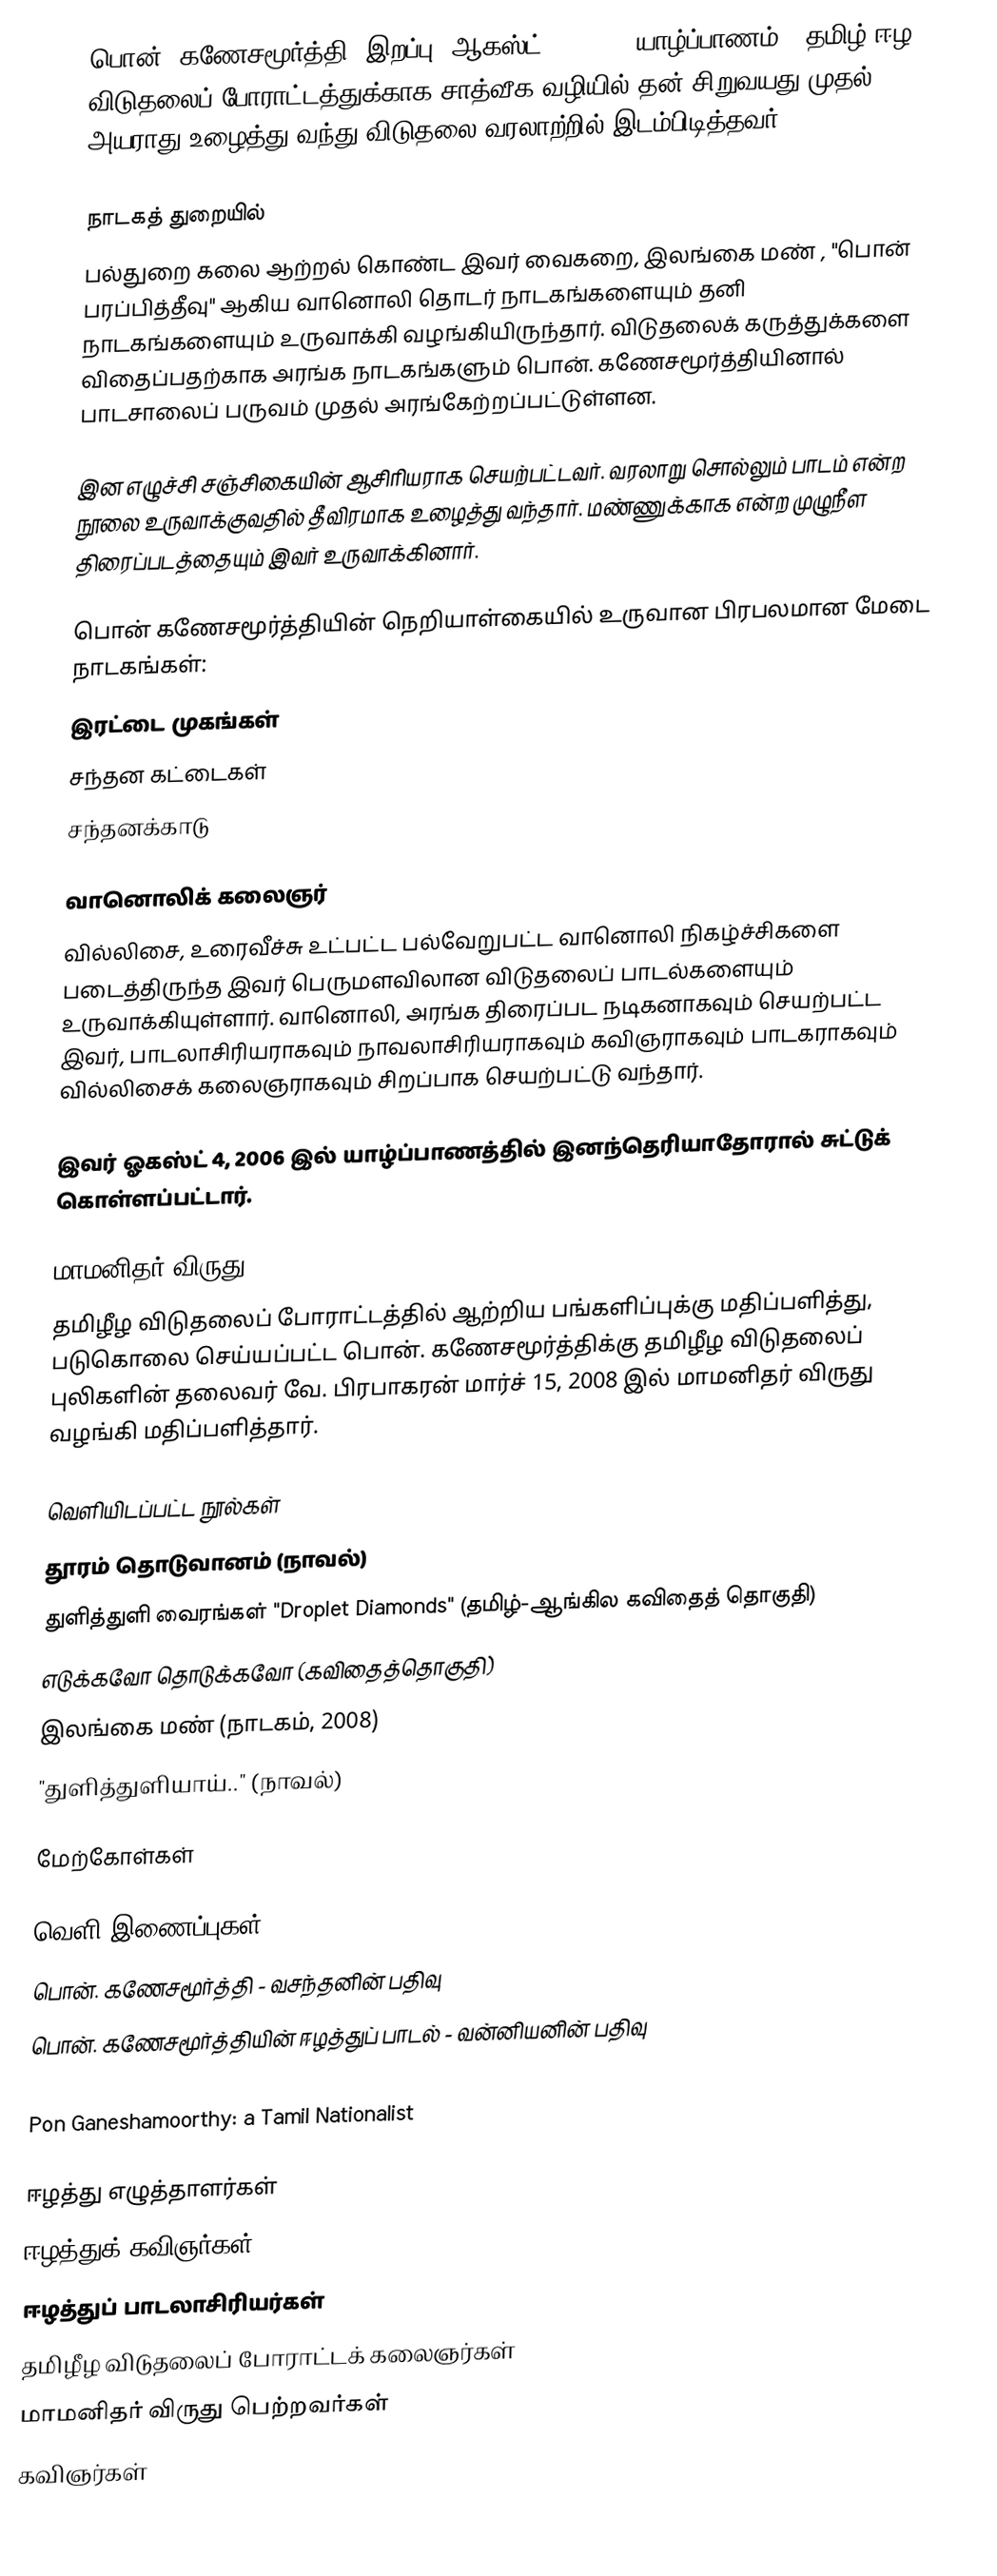
பொன். கணேசமூர்த்தி (இறப்பு: ஆகஸ்ட் 4, 2006, யாழ்ப்பாணம்), தமிழ் ஈழ விடுதலைப் போராட்டத்துக்காக சாத்வீக வழியில் தன் சிறுவயது முதல் அயராது உழைத்து வந்து விடுதலை வரலாற்றில் இடம்பிடித்தவர்.

நாடகத் துறையில்
பல்துறை கலை ஆற்றல் கொண்ட இவர் வைகறை, இலங்கை மண் , "பொன் பரப்பித்தீவு" ஆகிய வானொலி தொடர் நாடகங்களையும் தனி நாடகங்களையும் உருவாக்கி வழங்கியிருந்தார். விடுதலைக் கருத்துக்களை விதைப்பதற்காக அரங்க நாடகங்களும் பொன். கணேசமூர்த்தியினால் பாடசாலைப் பருவம் முதல் அரங்கேற்றப்பட்டுள்ளன.

இன எழுச்சி சஞ்சிகையின் ஆசிரியராக செயற்பட்டவர். வரலாறு சொல்லும் பாடம் என்ற நூலை உருவாக்குவதில் தீவிரமாக உழைத்து வந்தார். மண்ணுக்காக என்ற முழுநீள திரைப்படத்தையும் இவர் உருவாக்கினார்.

பொன் கணேசமூர்த்தியின் நெறியாள்கையில் உருவான பிரபலமான மேடை நாடகங்கள்:
 இரட்டை முகங்கள்
 சந்தன கட்டைகள்
 சந்தனக்காடு

வானொலிக் கலைஞர்
வில்லிசை, உரைவீச்சு உட்பட்ட பல்வேறுபட்ட வானொலி நிகழ்ச்சிகளை படைத்திருந்த இவர் பெருமளவிலான விடுதலைப் பாடல்களையும் உருவாக்கியுள்ளார். வானொலி, அரங்க திரைப்பட நடிகனாகவும் செயற்பட்ட இவர், பாடலாசிரியராகவும் நாவலாசிரியராகவும் கவிஞராகவும் பாடகராகவும் வில்லிசைக் கலைஞராகவும் சிறப்பாக செயற்பட்டு வந்தார்.

இவர் ஓகஸ்ட் 4, 2006 இல் யாழ்ப்பாணத்தில் இனந்தெரியாதோரால் சுட்டுக் கொள்ளப்பட்டார்.

மாமனிதர் விருது
தமிழீழ விடுதலைப் போராட்டத்தில் ஆற்றிய பங்களிப்புக்கு மதிப்பளித்து, படுகொலை செய்யப்பட்ட பொன். கணேசமூர்த்திக்கு தமிழீழ விடுதலைப் புலிகளின் தலைவர் வே. பிரபாகரன் மார்ச் 15, 2008 இல் மாமனிதர் விருது வழங்கி மதிப்பளித்தார்.

வெளியிடப்பட்ட நூல்கள்
 தூரம் தொடுவானம் (நாவல்)
 துளித்துளி வைரங்கள் "Droplet Diamonds" (தமிழ்-ஆங்கில கவிதைத் தொகுதி)
 எடுக்கவோ தொடுக்கவோ (கவிதைத்தொகுதி)
 இலங்கை மண் (நாடகம், 2008)
 "துளித்துளியாய்.." (நாவல்)

மேற்கோள்கள்

வெளி இணைப்புகள்
 பொன். கணேசமூர்த்தி - வசந்தனின் பதிவு
 பொன். கணேசமூர்த்தியின் ஈழத்துப் பாடல் - வன்னியனின் பதிவு
 Bank Manager shot dead in Jaffna, employees protest
 Pon Ganeshamoorthy: a Tamil Nationalist

ஈழத்து எழுத்தாளர்கள்
ஈழத்துக் கவிஞர்கள்
ஈழத்துப் பாடலாசிரியர்கள்
தமிழீழ விடுதலைப் போராட்டக் கலைஞர்கள்
மாமனிதர் விருது பெற்றவர்கள்
கவிஞர்கள்